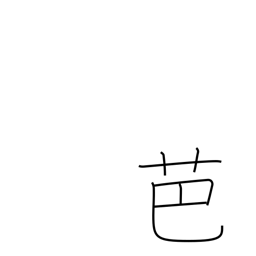
Meaning: banana